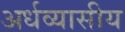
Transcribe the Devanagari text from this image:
अर्धव्यासीय